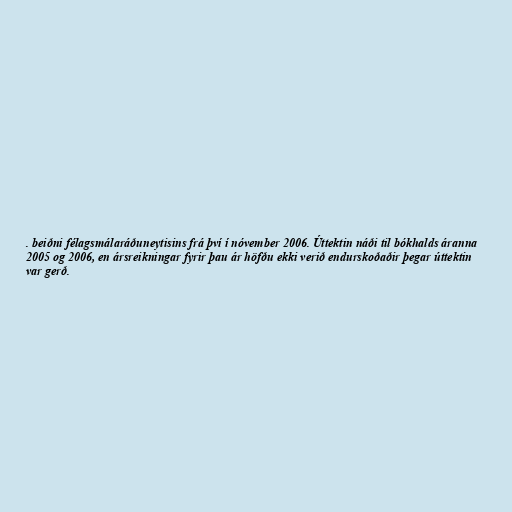
. beiðni félagsmálaráðuneytisins frá því í nóvember 2006. Úttektin náði til bókhalds áranna
2005 og 2006, en ársreikningar fyrir þau ár höfðu ekki verið endurskoðaðir þegar úttektin
var gerð.